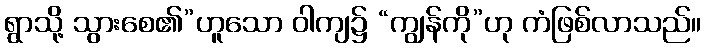
ရွာသို့ သွားစေ၏”ဟူသော ဝါကျ၌ “ကျွန်ကို”ဟု ကံဖြစ်လာသည်။